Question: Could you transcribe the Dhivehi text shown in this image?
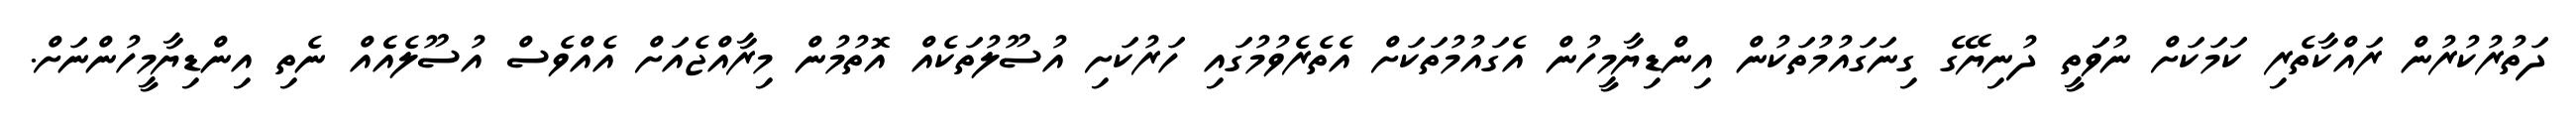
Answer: ދަތުރުކުރުން ރައްކާތެރި ކަމަކަށް ނުވަަތީ ދުނިޔޭގެ ގިނަގައުމުތަކުން އިންޑިޔާމީހުން އެގައުމުތަކަށް އެތެރެވުމުގައި ހަރުކަށި އުސޫލުތަކެއް އޮތުމުން މިރާއްޖެއަށް އެއްވެސް އުސޫލެއެެއް ނެތި އިންޑިޔާމީހުންނަށް.